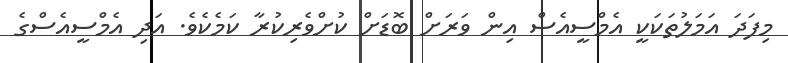
މިފަދަ އަމަލުތަކަކީ އެމްސީއެސް އިން ވަރަށް ބޮޑަށް ކުށްވެރިކުރާ ކަމެކެވެ. އަދި އެމްސީއެސްގެ